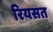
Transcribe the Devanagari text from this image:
रियसत